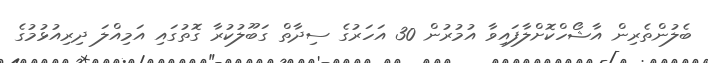
ބެލުންތެރިން އާޝޯހްކޮށްލާފައިވާ އުމުރުން 30 އަހަރުގެ ސިދާތް ގަބޫލުކުރާ ގޮތުގައި އަމިއްލަ ދިރިއުޅުމުގެ